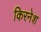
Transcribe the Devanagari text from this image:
किरनेश